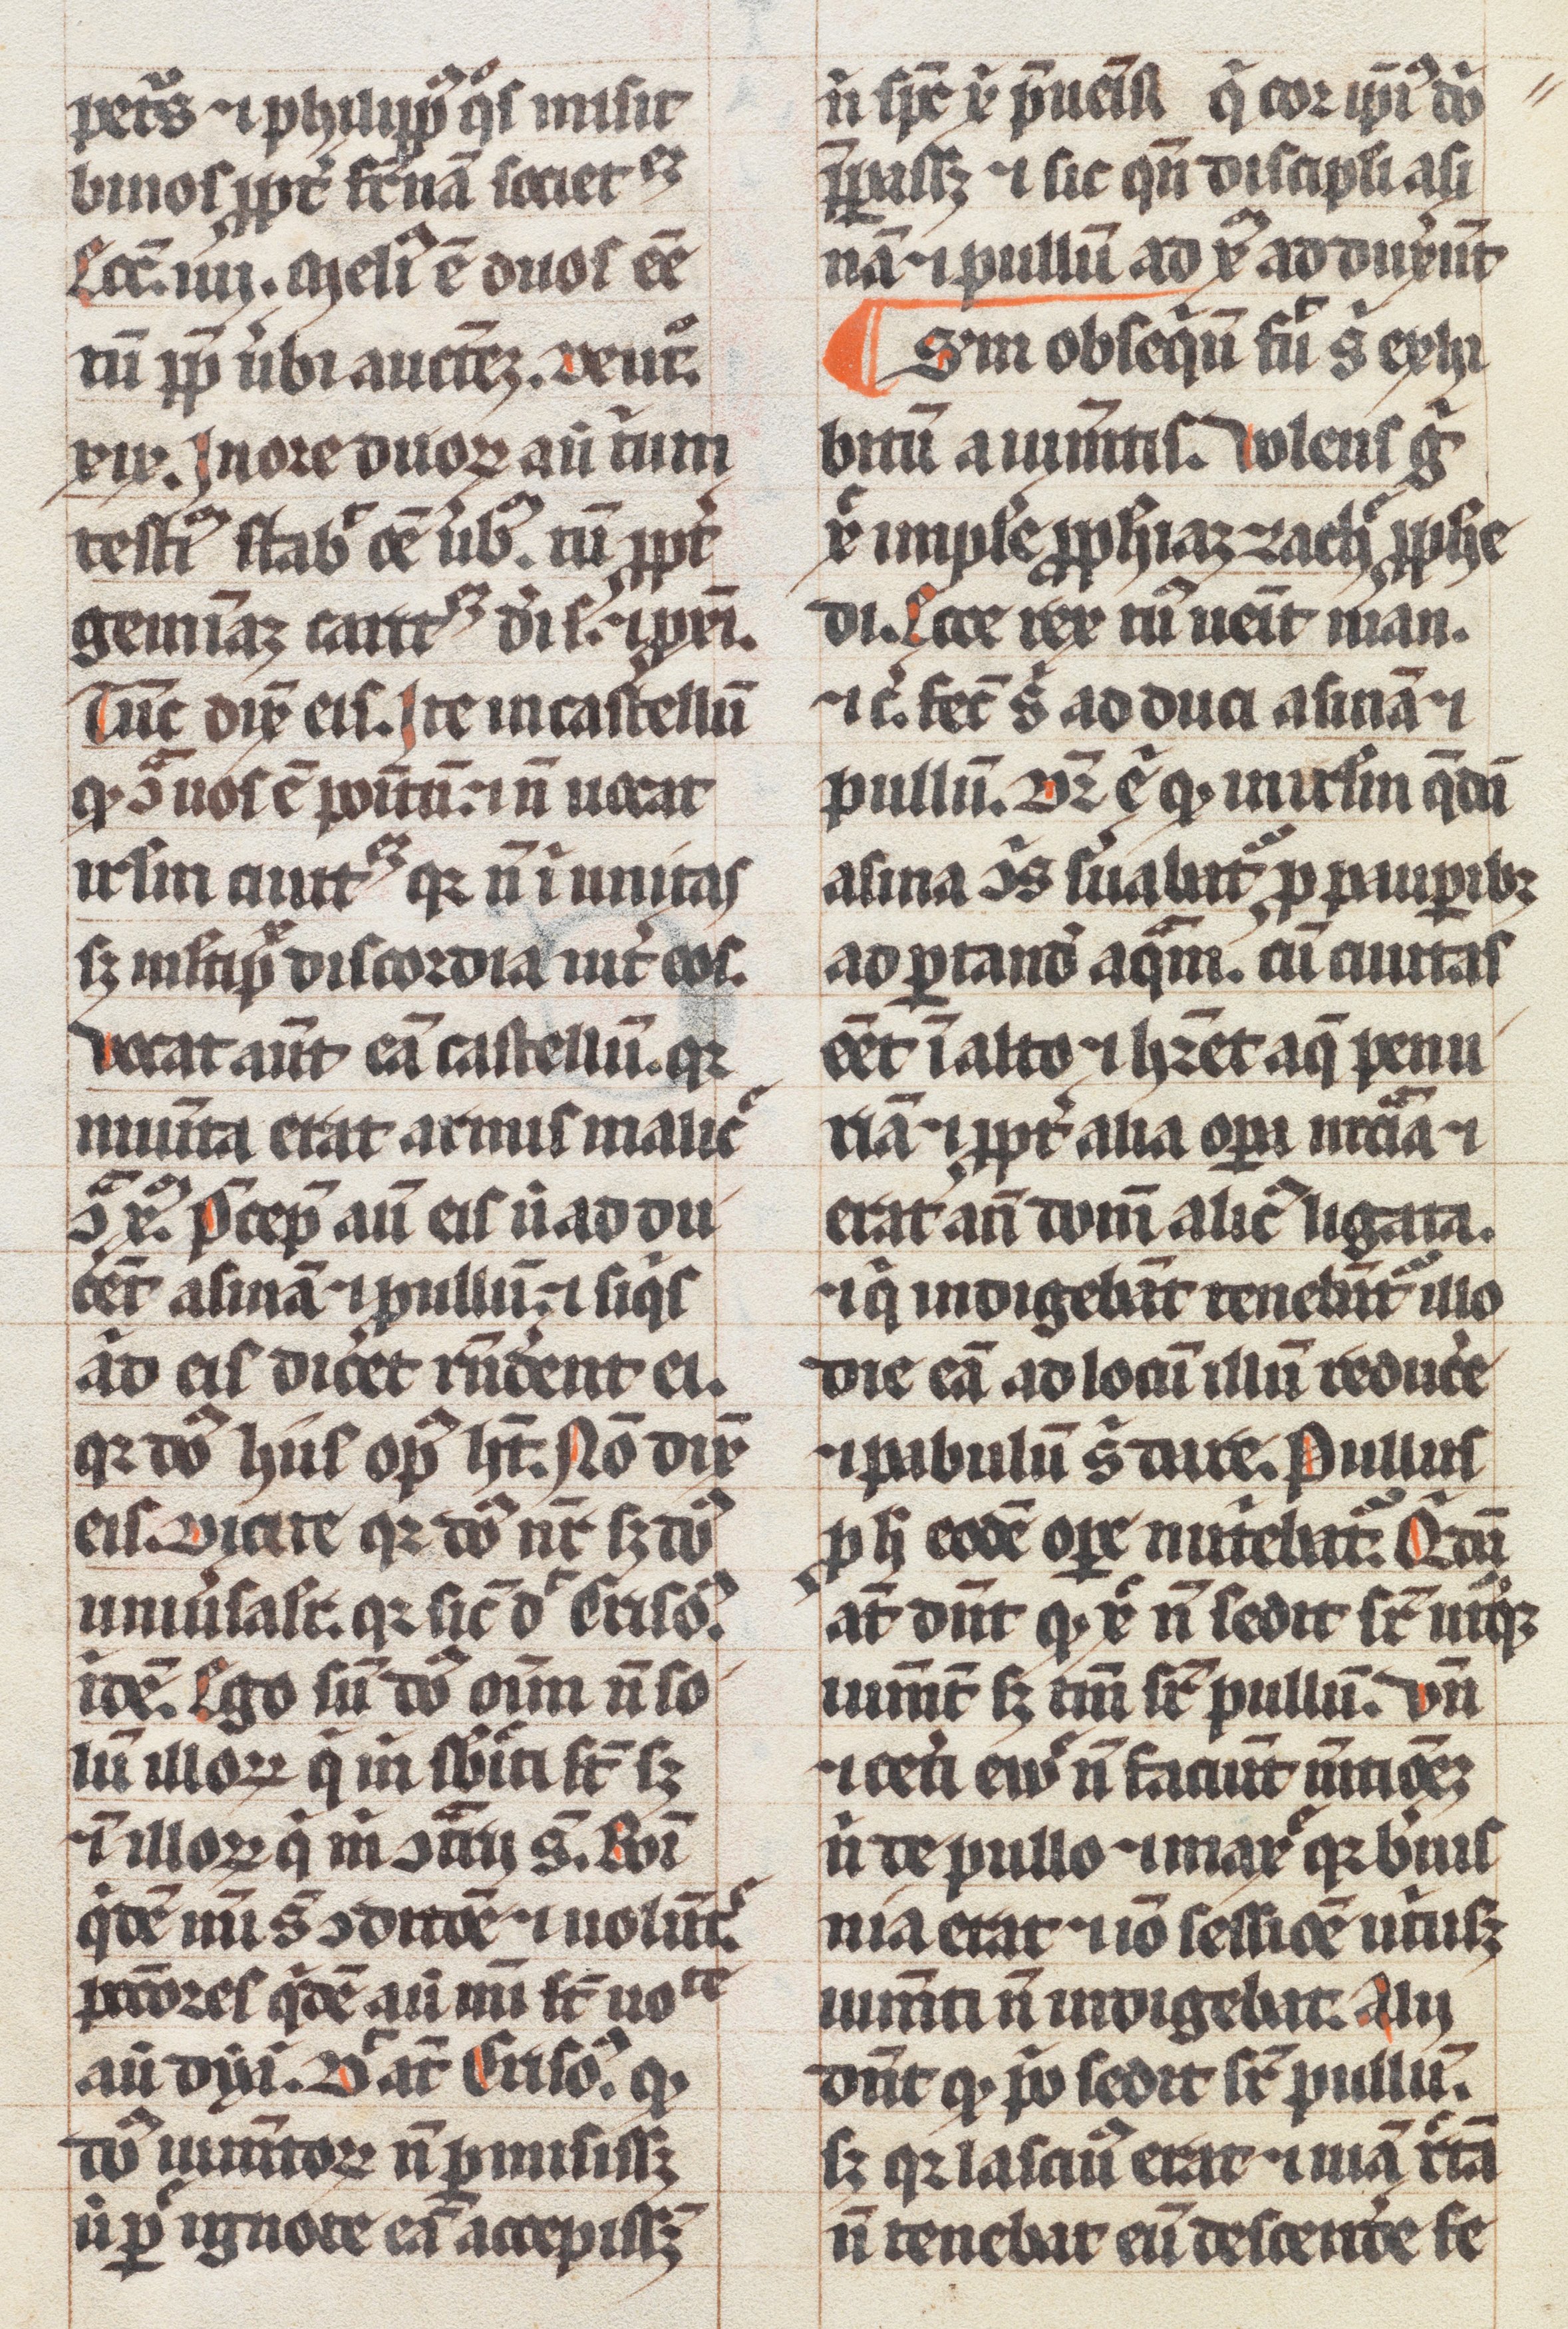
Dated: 1300–1399